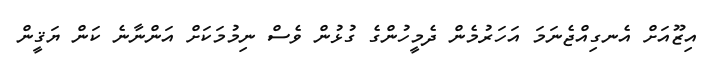
އިޒޫއަށް އެނގިއްޖެނަމަ އަހަރުމެން ދެމީހުންގެ ގުޅުން ވެސް ނިމުމަކަށް އަންނާނެ ކަން ޔަޤީން